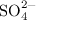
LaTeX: \mathrm { S O } _ { 4 } ^ { 2 - }